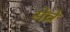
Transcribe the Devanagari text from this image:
सेव्रे